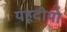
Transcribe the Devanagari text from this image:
यहूदीयो